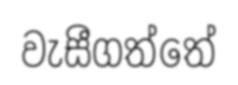
වැසීගත්තේ